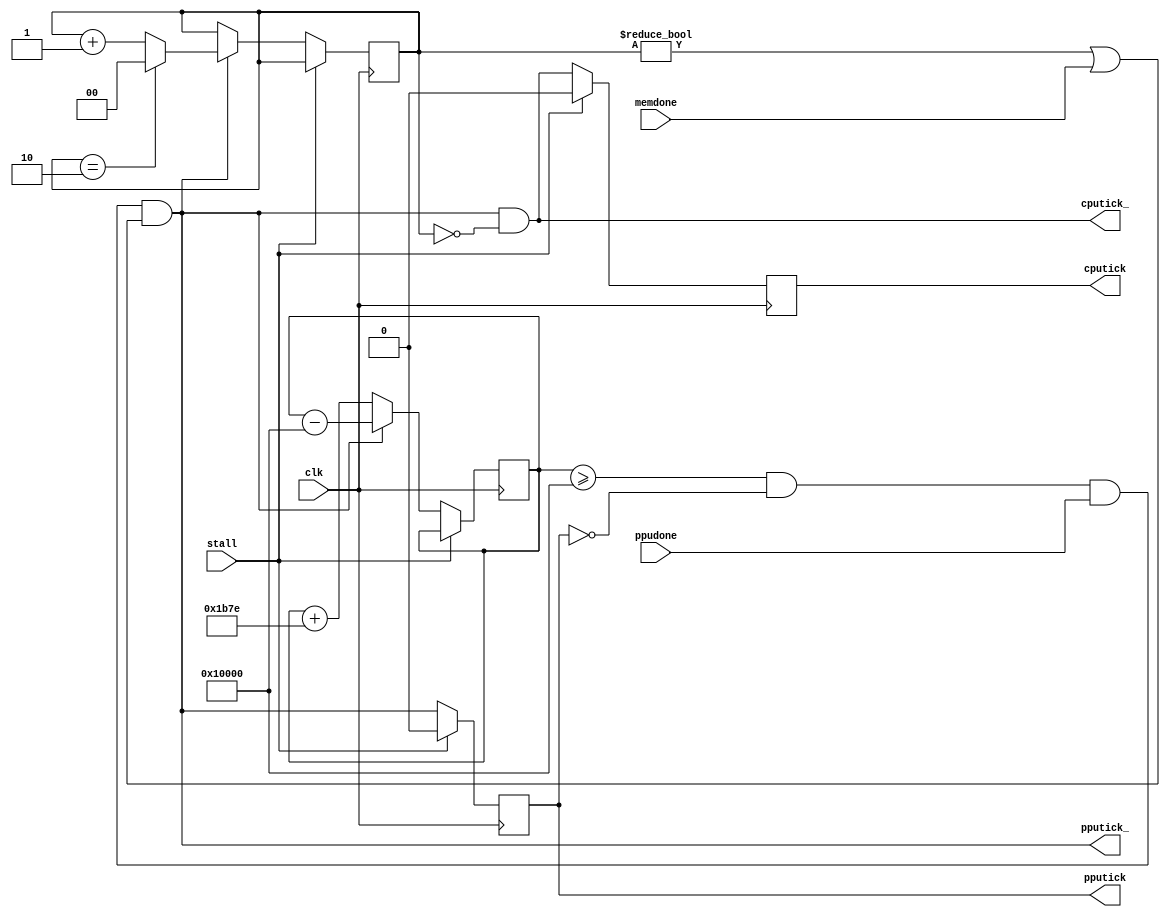
module tickgen(
	input wire clk,
	input wire stall,
	input wire memdone,
	input wire ppudone,
	output reg cputick,
	output reg cputick_,
	output reg pputick,
	output reg pputick_
);

	parameter SYSMHZ = 50;
	localparam TARGMHZ = 21.4787272 / 4;
	localparam SCALE = 65536;
	localparam integer INC = TARGMHZ / SYSMHZ * SCALE;
	
	reg [20:0] ctr, ctr_;
	reg [1:0] div, div_;
	reg carry;
	
	always @(posedge clk) begin
		if(!stall) begin
			ctr <= ctr_;
			div <= div_;
			cputick <= cputick_;
			pputick <= pputick_;
		end else begin
			cputick <= 0;
			pputick <= 0;
		end
	end
	
	always @(*) begin
		ctr_ = ctr + INC[20:0];
		pputick_ = ctr >= SCALE && !pputick && ppudone && (div != 0 || memdone);
		if(pputick_)
			ctr_ = ctr - SCALE;
		div_ = div;
		if(pputick_)
			if(div == 2)
				div_ = 0;
			else
				div_ = div + 1;
		cputick_ = pputick_ && div == 0;
	end
			

endmodule